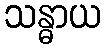
သန္ဓာယ